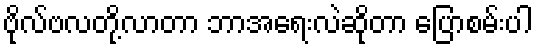
ဗိုလ်ဗလတို့လာတာ ဘာအရေးလဲဆိုတာ ပြောစမ်းပါ